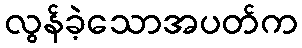
လွန်ခဲ့သောအပတ်က